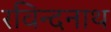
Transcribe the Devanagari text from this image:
रविन्दनाथ